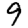
Digit: 9